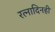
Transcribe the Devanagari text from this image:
रत्नादिनहीं